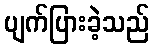
ပျက်ပြားခဲ့သည်